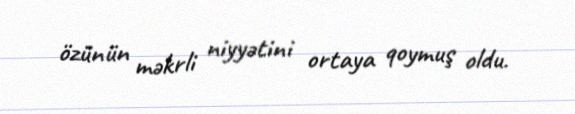
özünün məkrli niyyətini ortaya qoymuş oldu.